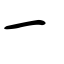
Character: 一